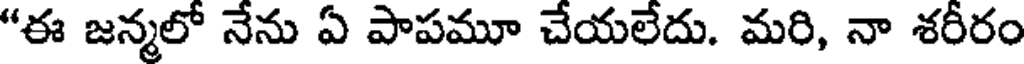
"ఈ జన్మలో నేను ఏ పాపమూ చేయలేదు. మరి, నా శరీరం